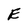
Character: E